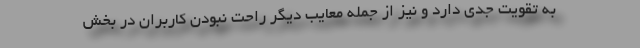
به تقويت جدي دارد و نيز از جمله معايب ديگر راحت نبودن كاربران در بخش